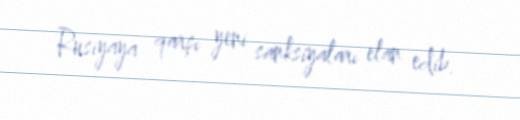
Rusiyaya qarşı yeni sanksiyaları elan edib.